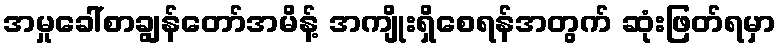
အမှုခေါ်စာချွန်တော်အမိန့် အကျိုးရှိစေရန်အတွက် ဆုံးဖြတ်ရမှာ